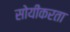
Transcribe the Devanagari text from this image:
सोयींकरता